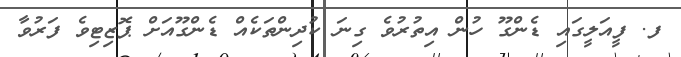
ފ. ފީއަލީގައި ޑެންގޫ ހުން އިތުރުވެ ގިނަ ކުދިންތަކެއް ޑެންގޫއަށް ޕޮޒިޓިވެ ފަރުވާ